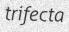
trifecta